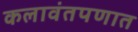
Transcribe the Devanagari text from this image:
कलावंतपणात